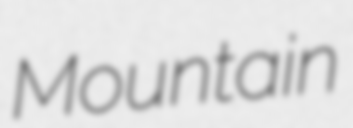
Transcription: Mountain